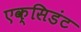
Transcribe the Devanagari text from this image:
एक्सिडंट